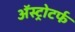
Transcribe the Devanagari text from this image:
ॲस्ट्रोटर्फ